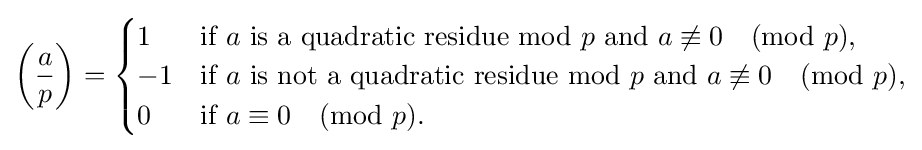
\left({\frac {a}{p}}\right)={\begin{cases}1&{\text{if }}a{\text{ is a quadratic residue mod }}p{\text{ and }}a\not \equiv 0{\pmod {p}},\\-1&{\text{if }}a{\text{ is not a quadratic residue mod }}p{\text{ and }}a\not \equiv 0{\pmod {p}},\\0&{\text{if }}a\equiv 0{\pmod {p}}.\end{cases}}